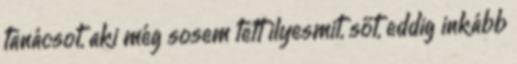
tanácsot, aki még sosem tett ilyesmit, sőt, eddig inkább